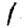
Digit: 1